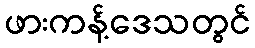
ဖားကန့်ဒေသတွင်